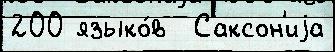
200 языко́в  Саксон'иjа